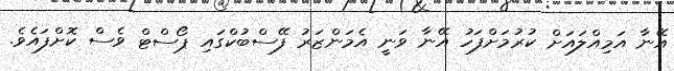
އޭނާ އަމިއްލައަށް ކުރުމަށްފަހު އޭނާ ވަނީ އެމަންޒަރު ފޭސްބުކްގައި ޕޯސްޓް ވެސް ކޮށްފައެވެ.